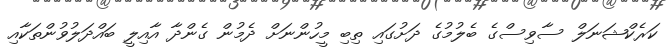
ކަރެކްޝަނަލް ސާވިސްގެ ބެލުމުގެ ދަށުގައި ތިބި މީހުންނަށް ދެމުން ގެންދާ އާއިލީ ބައްދަލުވުންތަކާއި